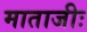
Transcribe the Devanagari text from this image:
माताजीः